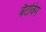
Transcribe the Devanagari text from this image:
बैटविंग